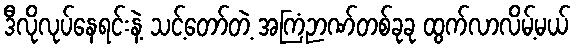
ဒီလိုလုပ်နေရင်းနဲ့ သင့်တော်တဲ့ အကြံဉာဏ်တစ်ခုခု ထွက်လာလိမ့်မယ်